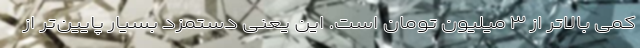
کمی بالاتر از ۳ میلیون تومان است. این یعنی دستمزد بسیار پایین‌تر از